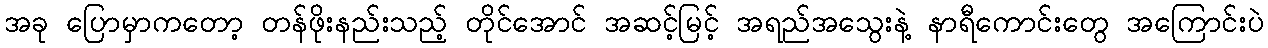
အခု ပြောမှာကတော့ တန်ဖိုးနည်းသည့် တိုင်အောင် အဆင့်မြင့် အရည်အသွေးနဲ့ နာရီကောင်းတွေ အကြောင်းပဲ